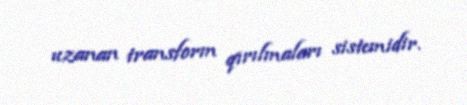
uzanan transform qırılmaları sistemidir.